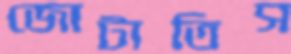
জোটাতিস